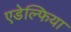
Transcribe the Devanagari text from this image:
एडेल्फिया